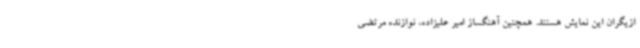
ازیگران این نمایش هستند. همچنین آهنگساز امیر علیزاده، نوازنده مرتضی